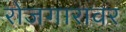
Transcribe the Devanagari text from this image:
रोजगारावर